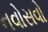
નવોસવો